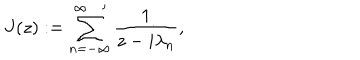
J ( z ) : = \sum _ { n = - \infty } ^ { \infty \, \, \, \, \, \prime } \frac { 1 } { z - i \lambda _ { n } } ,